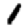
Digit: 1